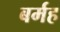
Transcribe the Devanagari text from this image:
बर्मह